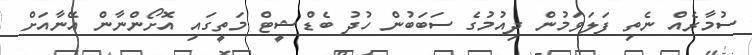
ސުމާރެއް ނެތި ފަލަވަމުން ދިއުމުގެ ސަބަބުން ހުދު ބެޑްޝީޓް މަތީގައި އޮށޯންނާން އޭނާއަށް